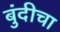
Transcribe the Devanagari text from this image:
बुंदीचा